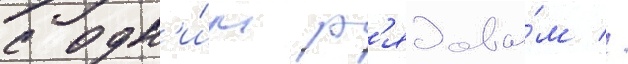
с одн'и́м р'ядовы́м //